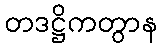
တဒဋ္ဌိကတွာန